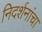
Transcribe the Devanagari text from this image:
निदर्शनांचा